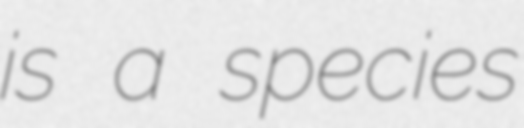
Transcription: is a species